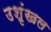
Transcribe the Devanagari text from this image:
उशृंखल